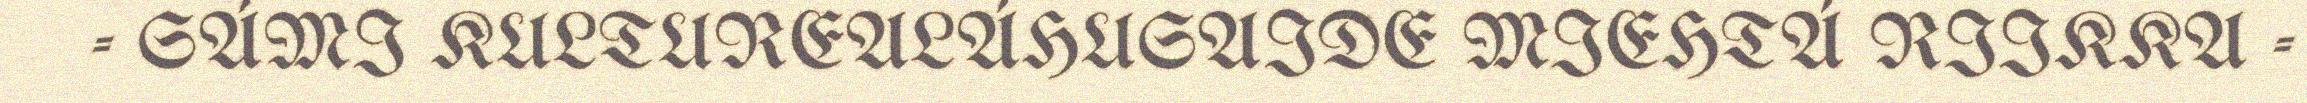
- SÁMI KULTUREALÁHUSAIDE MIEHTÁ RIIKKA -